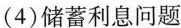
(4)储蓄利息问题